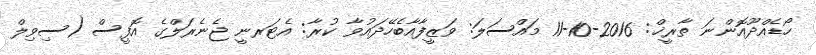
ހޯޑެއްދޫއޮންނަ ތާރީޚް: 2016-10-11 މައްސަލަ: ވަޒީފާއާބެހޭދައުވާ ކުރާ: އެޓަރނީ ޖެނެރަލްގެ އޮފީސް (ސިވިލް